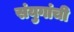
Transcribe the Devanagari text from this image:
संयुगांची